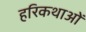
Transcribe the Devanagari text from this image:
हरिकथाओं